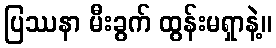
ပြဿနာ မီးခွက် ထွန်းမရှာနဲ့။